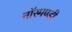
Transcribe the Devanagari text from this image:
नॉरमण्डी